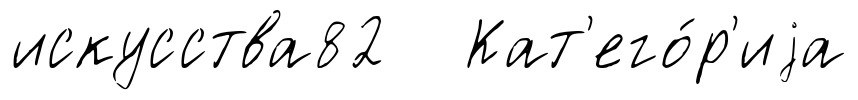
искусства82 Кат'его́р'иjа